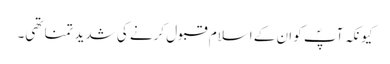
کیونکہ آپؐ کو ان کے اسلام قبول کرنے کی شدید تمنا تھی۔